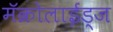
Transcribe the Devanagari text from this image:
मॅक्रोलाईड्ज